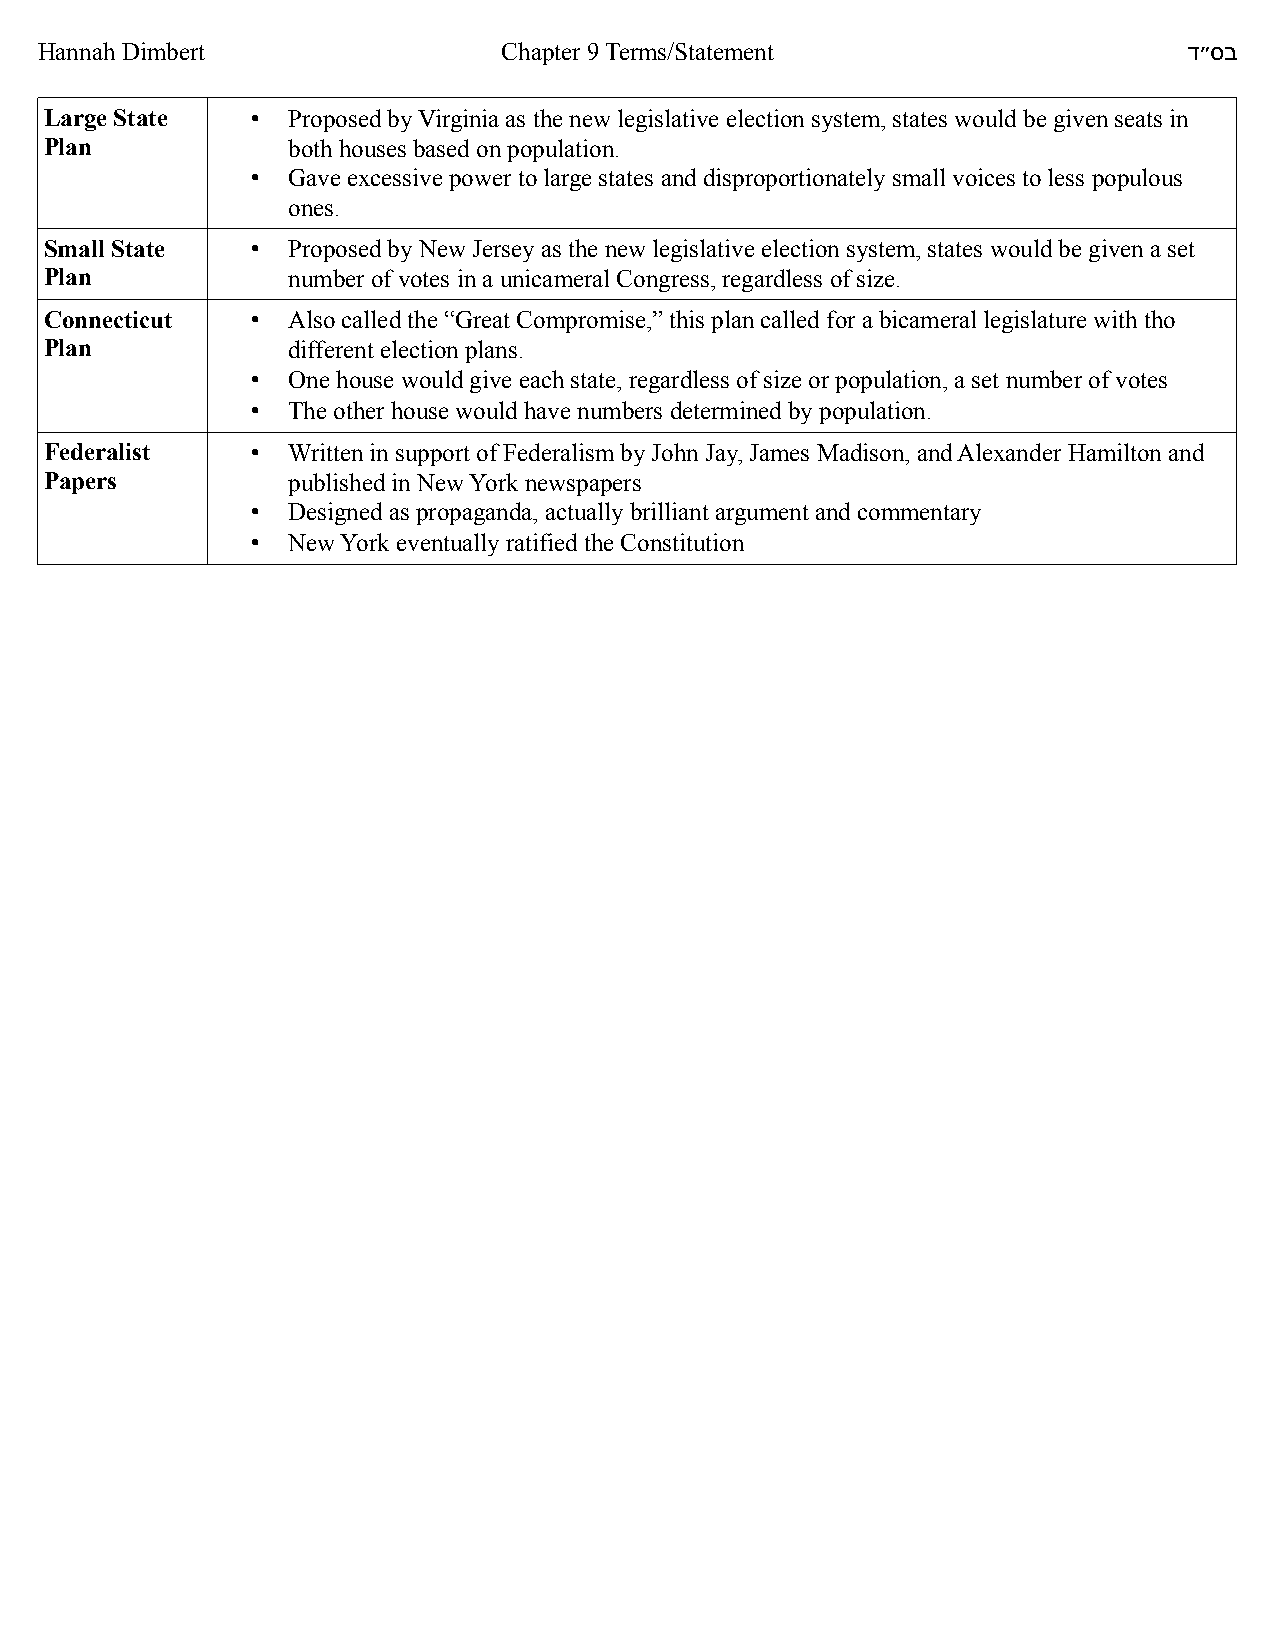
Hannah Dimbert                 Chapter 9 Terms/Statement                     ד"סב
 Large State   • Proposed by Virginia as the new legislative election system, states would be given seats in
 Plan            both houses based on population.
 • Gave excessive power to large states and disproportionately small voices to less populous
 ones.
 Small State   • Proposed by New Jersey as the new legislative election system, states would be given a set
 Plan            number of votes in a unicameral Congress, regardless of size.
 Connecticut   • Also called the “Great Compromise,” this plan called for a bicameral legislature with tho
 Plan            different election plans.
 • One house would give each state, regardless of size or population, a set number of votes
 • The other house would have numbers determined by population.
 Federalist    • Written in support of Federalism by John Jay, James Madison, and Alexander Hamilton and
 Papers          published in New York newspapers
 • Designed as propaganda, actually brilliant argument and commentary
 • New York eventually ratified the Constitution